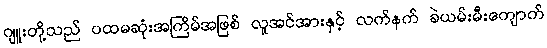
ဂျူးတို့သည် ပထမဆုံးအကြိမ်အဖြစ် လူအင်အားနှင့် လက်နက် ခဲယမ်းမီးကျောက်